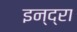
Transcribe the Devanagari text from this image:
इन्द्रा